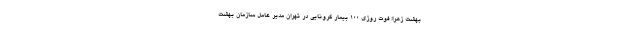
بهشت زهرا: فوت روزی ۱۰۰ بیمار کرونایی در تهران مدیر عامل سازمان بهشت